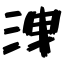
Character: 洩